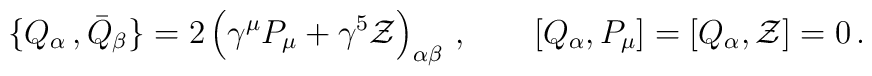
\{ Q_\alpha\,,  {\bar Q}_\beta \}=2\left(\gamma^\mu P_\mu +\gamma^5 {\cal Z}\right)_{\alpha\beta}\, ,\qquad \left[Q_\alpha, P_\mu\right]=\left[Q_\alpha, {\cal Z}\right]=0\,.